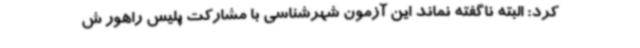
کرد: البته ناگفته نماند این آزمون شهرشناسی با مشارکت پلیس راهور ش